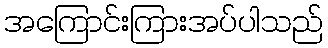
အကြောင်းကြားအပ်ပါသည်